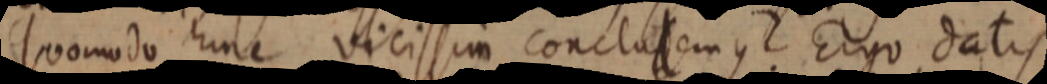
Quomodo hinc vicissin conclusemus? Ergo datis